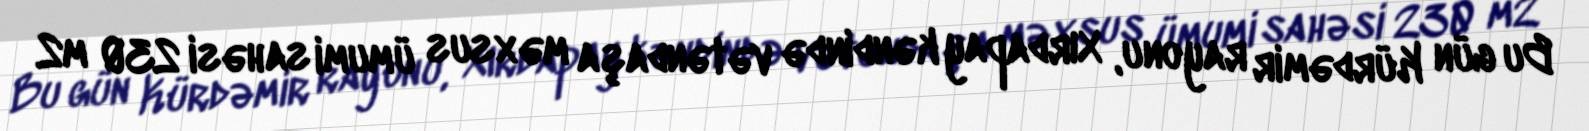
Bu gün Kürdəmir rayonu, Xırdapay kəndində vətəndaşa məxsus ümumi sahəsi 230 m2